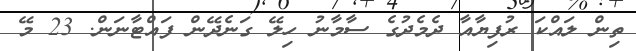
ތިން ލައްކަ ރުފިޔާއާ ދެމެދުގެ ސާމާނު ހިލޭ ގަނެދޭން ފައްޓާނަން. 23 މޭ